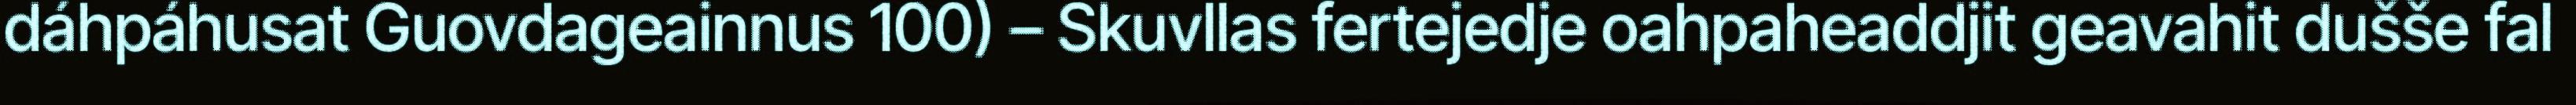
dáhpáhusat Guovdageainnus 100) – Skuvllas fertejedje oahpaheaddjit geavahit dušše fal